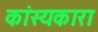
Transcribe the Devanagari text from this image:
कांस्यकारा